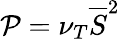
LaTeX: \mathcal{P}=\nu_{T}\overline{{S}}^{2}